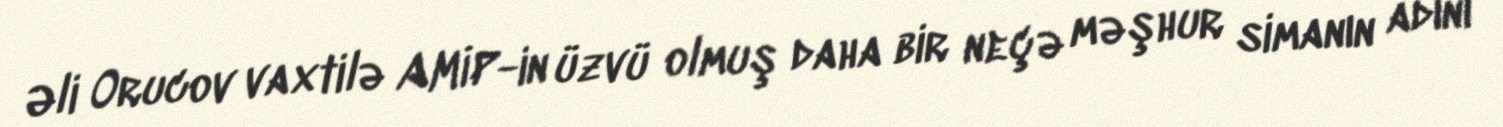
Əli Orucov vaxtilə AMİP-in üzvü olmuş daha bir neçə məşhur simanın adını